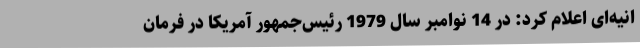
انیه‌ای اعلام کرد: در 14 نوامبر سال 1979 رئیس‌جمهور آمریکا در فرمان